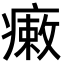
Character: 瘷